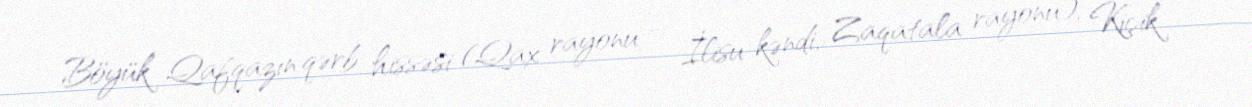
Böyük Qafqazın qərb hissəsi (Qax rayonu – İlisu kəndi, Zaqatala rayonu), Kiçik